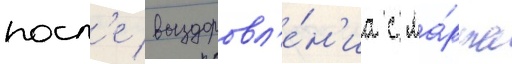
посл'е выздоровл'е́н'иа с ма́рта